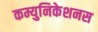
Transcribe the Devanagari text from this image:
कम्युनिकेशनस